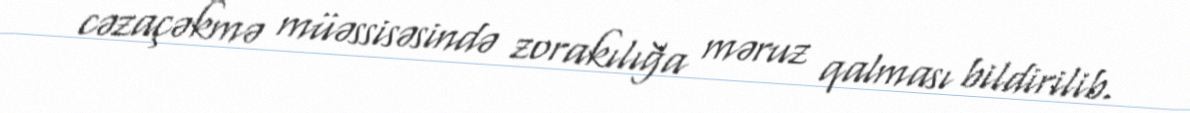
cəzaçəkmə müəssisəsində zorakılığa məruz qalması bildirilib.